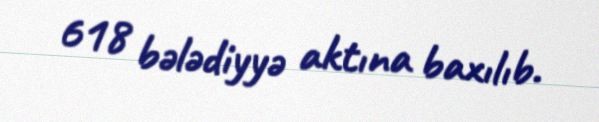
618 bələdiyyə aktına baxılıb.